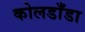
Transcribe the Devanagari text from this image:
कोलडाँडा